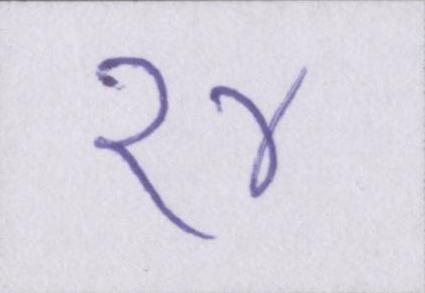
१४